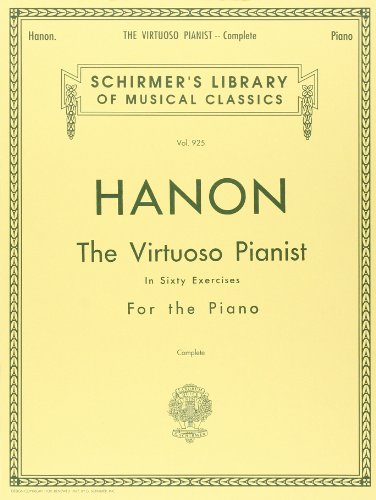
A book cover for Hanon: The Virtuoso Pianist in Sixty Exercises, Complete (Schirmer's Library of Musical Classics, Vol. 925); Humor & Entertainment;